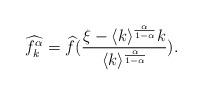
LaTeX: \begin{align*}\widehat{f_k^{\alpha}}=\widehat{f}(\frac{\xi-\langle k\rangle^{\frac{\alpha}{1-\alpha}}k}{\langle k\rangle^{\frac{\alpha}{1-\alpha}}}).\end{align*}